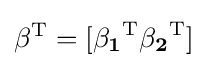
\mathbf {\beta } ^{\rm {T}}=[\mathbf {\beta _{1}} ^{\rm {T}}\mathbf {\beta _{2}} ^{\rm {T}}]